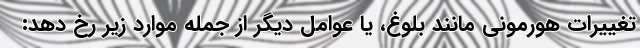
تغییرات هورمونی مانند بلوغ، یا عوامل دیگر از جمله موارد زیر رخ دهد: